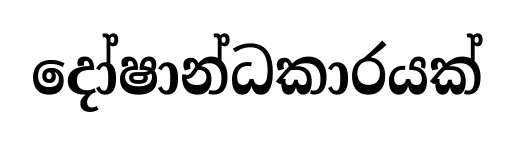
දෝෂාන්ධකාරයක්